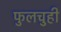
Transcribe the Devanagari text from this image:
फुलचुही